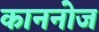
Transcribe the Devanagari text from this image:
काननोज